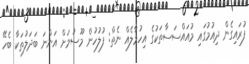
ފުރައިގެން ދިއުމުގައި މުއައްސަސާތަކުގެ އިހުމާލެއް ނެތް: ފުލުހުން މޫސުމަށް އަންނަ ބަދަލުތަކާ ބެހޭ